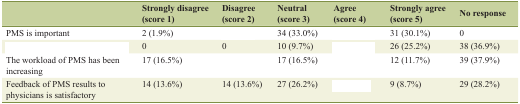
<table><thead><tr><td>[EMPTY_CELL]</td><td><b>Strongly disagree (score 1)</b></td><td><b>Disagree (score 2)</b></td><td><b>Neutral (score 3)</b></td><td><b>Agree (score 4)</b></td><td><b>Strongly agree (score 5)</b></td><td><b>No response</b></td></tr></thead><tbody><tr><td>PMS is important</td><td>2 (1.9%)</td><td>[EMPTY_CELL]</td><td>34 (33.0%)</td><td>[EMPTY_CELL]</td><td>31 (30.1%)</td><td>0</td></tr><tr><td>[EMPTY_CELL]</td><td>0</td><td>0</td><td>10 (9.7%)</td><td>[EMPTY_CELL]</td><td>26 (25.2%)</td><td>38 (36.9%)</td></tr><tr><td>The workload of PMS has been increasing</td><td>17 (16.5%)</td><td>[EMPTY_CELL]</td><td>17 (16.5%)</td><td>[EMPTY_CELL]</td><td>12 (11.7%)</td><td>39 (37.9%)</td></tr><tr><td>Feedback of PMS results to physicians is satisfactory</td><td>14 (13.6%)</td><td>14 (13.6%)</td><td>27 (26.2%)</td><td>[EMPTY_CELL]</td><td>9 (8.7%)</td><td>29 (28.2%)</td></tr></tbody></table>